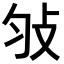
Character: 𢻸